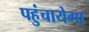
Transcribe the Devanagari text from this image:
पहुंचायेगा